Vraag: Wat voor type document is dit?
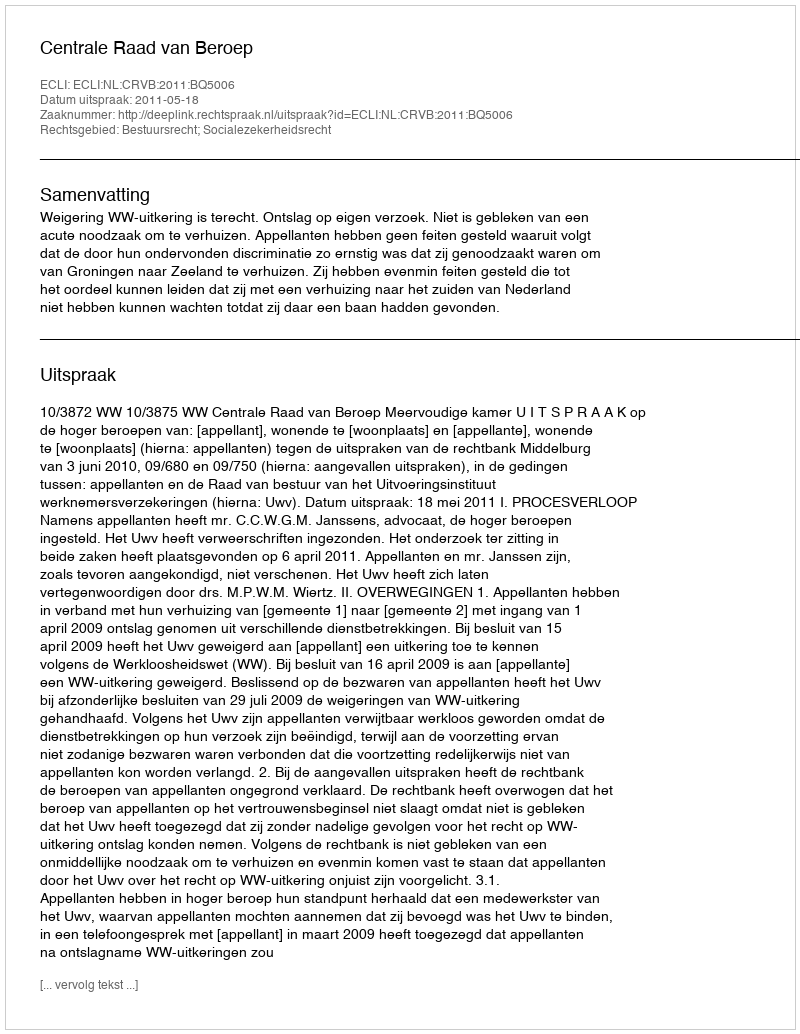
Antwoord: Uitspraak